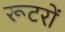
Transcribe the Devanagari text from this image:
रूटरों